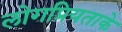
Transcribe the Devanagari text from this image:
लोगप्रियताके